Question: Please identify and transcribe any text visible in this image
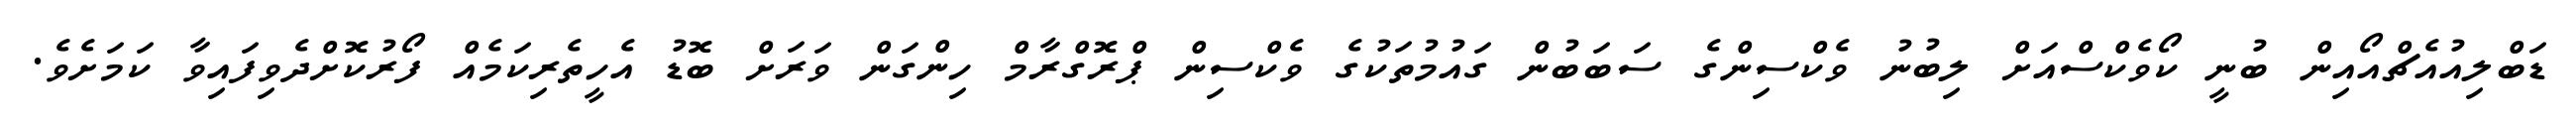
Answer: ޑަބްލިއުއެޗްއޯއިން ބުނީ ކޯވެކްސްއަށް ލިބުނު ވެކްސިންގެ ސަބަބުން ގައުމުތަކުގެ ވެކްސިން ޕްރޮގްރާމް ހިންގަން ވަރަށް ބޮޑު އެހީތެރިކަމެއް ފޯރުކޮށްދެވިފައިވާ ކަމަށެވެ.